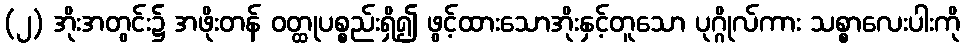
(၂) အိုးအတွင်း၌ အဖိုးတန် ဝတ္ထုပစ္စည်းရှိ၍ ဖွင့်ထားသောအိုးနှင့်တူသော ပုဂ္ဂိုလ်ကား သစ္စာလေးပါးကို